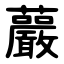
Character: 䕾